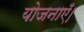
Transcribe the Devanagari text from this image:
योजनाएँ।